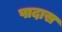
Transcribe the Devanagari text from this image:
पादास